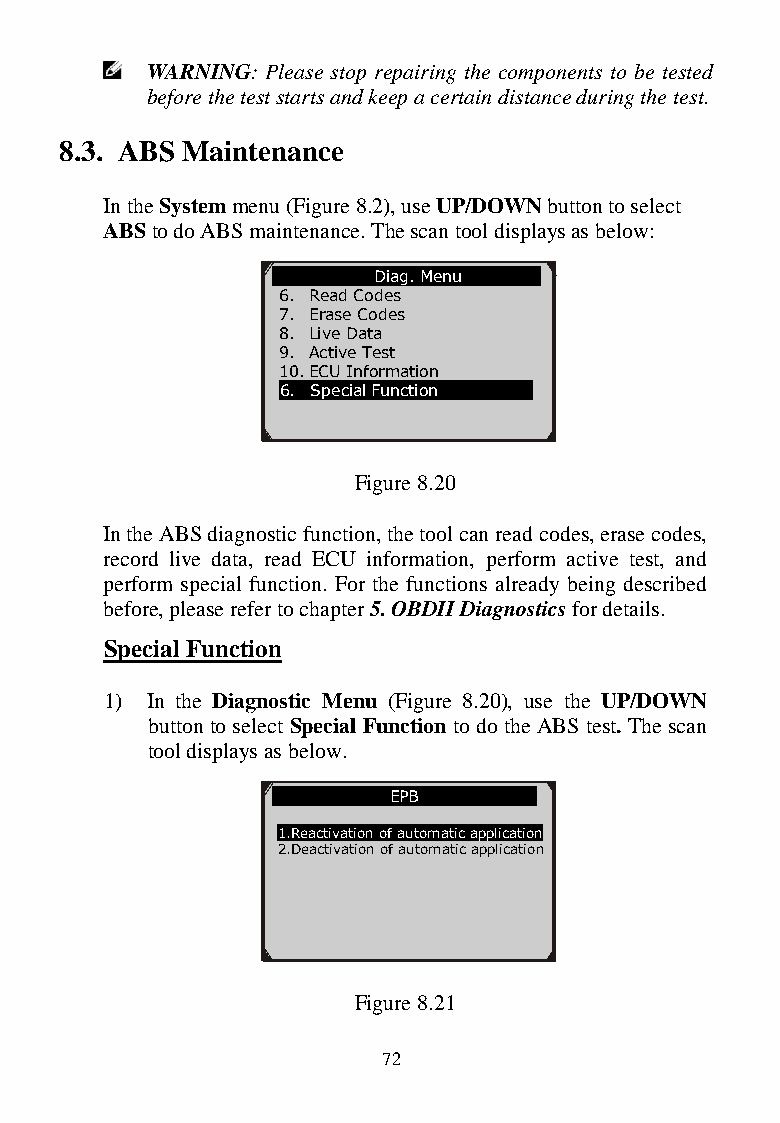
WARNING: Please stop repairing the components to be tested
 before the test starts and keep a certain distance during the test.
 8.3. ABS Maintenance
 In the System menu (Figure 8.2), use UP/DOWN button to select
 ABS to do ABS maintenance. The scan tool displays as below:
 Diag. Menu
 6. Read Codes
 7. Erase Codes
 8. Live Data
 9. Active Test
 10. ECU Information
 6. Special Function
 Figure 8.20
 In the ABS diagnostic function, the tool can read codes, erase codes,
 record live data, read EC U information, perform active test, and
 perform special function. For the functions already being described
 before, please refer to chapter 5. OBDII Diagnostics for details.
 Special Function
 1) In the Diagnostic M enu (Figure 8.20), use the UP/DOWN
 button to select Special Function to do the ABS test. The scan
 tool displays as below .
 EPB
 1.Reactivation of automatic application
 2 . Deactivation of automatic application
 Figure 8.21
 72